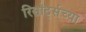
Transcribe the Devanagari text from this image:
रिसॉर्ट्सच्या